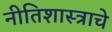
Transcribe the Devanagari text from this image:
नीतिशास्त्राचे